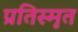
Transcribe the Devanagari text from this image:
प्रतिस्मृत